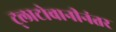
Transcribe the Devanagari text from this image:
ट्लाटोवानीनंतर